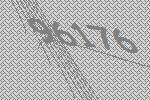
96176